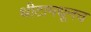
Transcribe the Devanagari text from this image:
थीटामधूनच